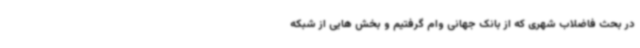
در بحث فاضلاب شهری که از بانک جهانی وام گرفتیم و بخش هایی از شبکه